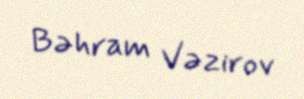
Bəhram Vəzirov